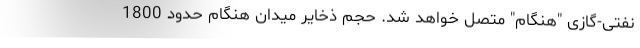
نفتی‌-گازی "هنگام" متصل خواهد شد. حجم ذخایر میدان هنگام حدود 1800